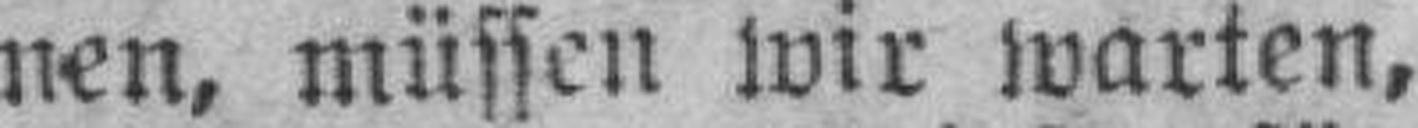
nen, müssen wir warten,